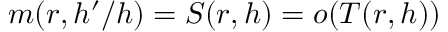
m ( r , h ^ { \prime } / h ) = S ( r , h ) = o ( T ( r , h ) )